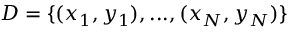
D = \{ ( x _ { 1 } , y _ { 1 } ) , . . . , ( x _ { N } , y _ { N } ) \}